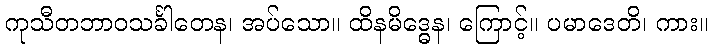
ကုသီတဘာဝသင်္ခါတေန၊ အပ်သော။ ထိနမိဒ္ဓေန၊ ကြောင့်။ ပမာဒေတိ၊ ကား။